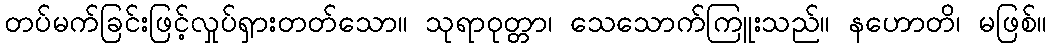
တပ်မက်ခြင်းဖြင့်လှုပ်ရှားတတ်သော။ သုရာဝုတ္တာ၊ သေသောက်ကြူးသည်။ နဟောတိ၊ မဖြစ်။